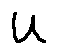
u